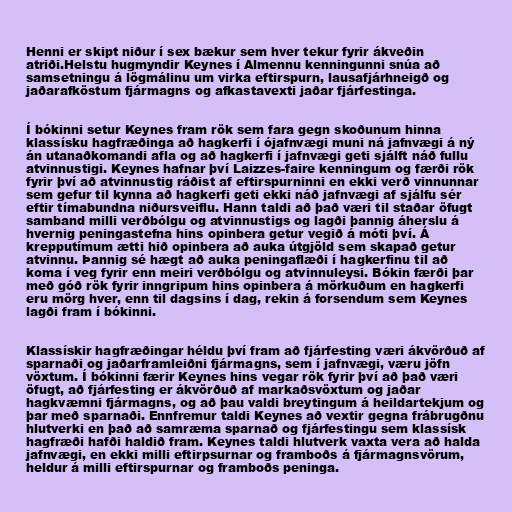
Henni er skipt niður í sex bækur sem hver tekur fyrir ákveðin
atriði.Helstu hugmyndir Keynes í Almennu kenningunni snúa að
samsetningu á lögmálinu um virka eftirspurn, lausafjárhneigð og
jaðarafköstum fjármagns og afkastavexti jaðar fjárfestinga.

Í bókinni setur Keynes fram rök sem fara gegn skoðunum hinna
klassísku hagfræðinga að hagkerfi í ójafnvægi muni ná jafnvægi á ný
án utanaðkomandi afla og að hagkerfi í jafnvægi geti sjálft náð fullu
atvinnustigi. Keynes hafnar því Laizzes-faire kenningum og færði rök
fyrir því að atvinnustig ráðist af eftirspurninni en ekki verð vinnunnar
sem gefur til kynna að hagkerfi geti ekki náð jafnvægi af sjálfu sér
eftir tímabundna niðursveiflu. Hann taldi að það væri til staðar öfugt
samband milli verðbólgu og atvinnustigs og lagði þannig áherslu á
hvernig peningastefna hins opinbera getur vegið á móti því. Á
krepputímum ætti hið opinbera að auka útgjöld sem skapað getur
atvinnu. Þannig sé hægt að auka peningaflæði í hagkerfinu til að
koma í veg fyrir enn meiri verðbólgu og atvinnuleysi. Bókin færði þar
með góð rök fyrir inngripum hins opinbera á mörkuðum en hagkerfi
eru mörg hver, enn til dagsins í dag, rekin á forsendum sem Keynes
lagði fram í bókinni.

Klassískir hagfræðingar héldu því fram að fjárfesting væri ákvörðuð af
sparnaði og jaðarframleiðni fjármagns, sem í jafnvægi, væru jöfn
vöxtum. Í bókinni færir Keynes hins vegar rök fyrir því að það væri
öfugt, að fjárfesting er ákvörðuð af markaðsvöxtum og jaðar
hagkvæmni fjármagns, og að þau valdi breytingum á heildartekjum og
þar með sparnaði. Ennfremur taldi Keynes að vextir gegna frábrugðnu
hlutverki en það að samræma sparnað og fjárfestingu sem klassísk
hagfræði hafði haldið fram. Keynes taldi hlutverk vaxta vera að halda
jafnvægi, en ekki milli eftirpsurnar og framboðs á fjármagnsvörum,
heldur á milli eftirspurnar og framboðs peninga.